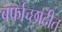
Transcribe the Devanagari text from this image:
बर्फाच्छादीत